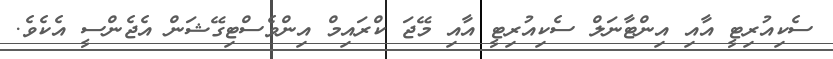
ސެކިއުރިޓީ އާއި އިންޓާނަލް ސެކިއުރިޓީ އާއި މޭޖަ ކްރައިމް އިންވެސްޓިގޭޝަން އެޖެންސީ އެކެވެ.